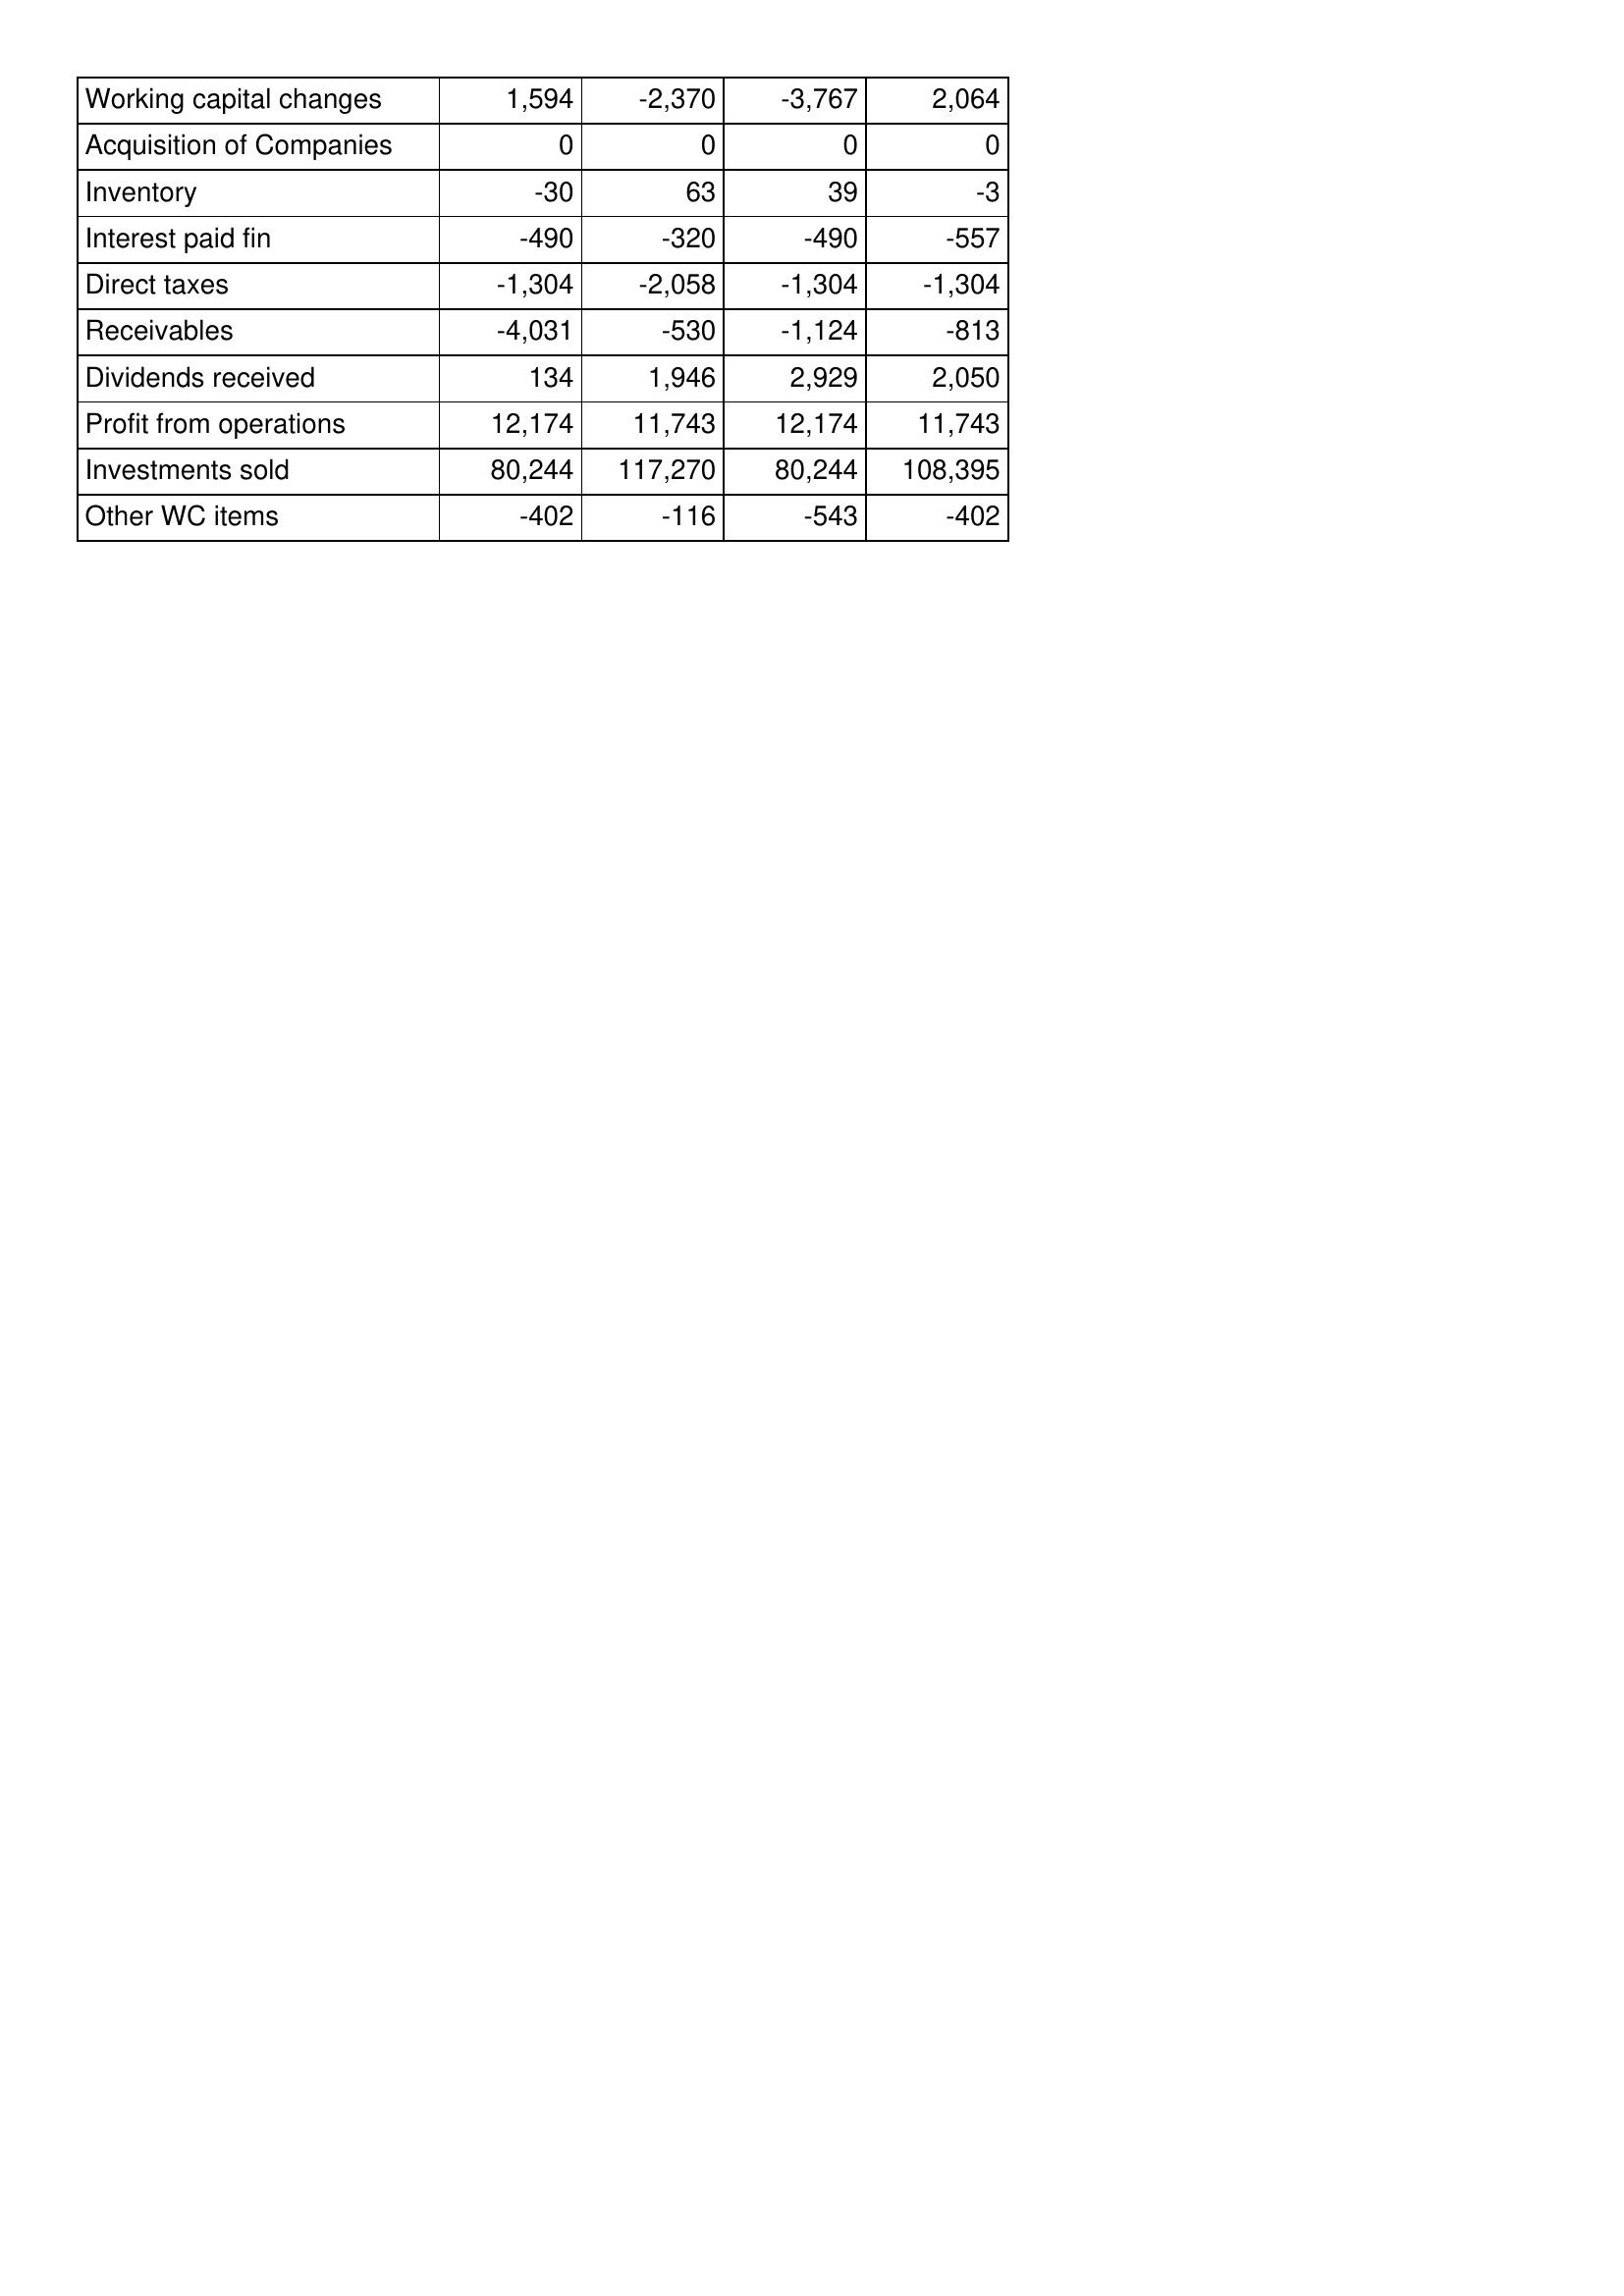
Feb-17: Cash Flows: Working capital changes: 1,594
Acquisition of Companies: 0
Inventory: -30
Interest paid fin: -490
Direct taxes: -1,304
Receivables: -4,031
Dividends received: 134
Profit from operations: 12,174
Investments sold: 80,244
Other WC items: -402
Feb-16: Cash Flows: Working capital changes: -2,370
Acquisition of Companies: 0
Inventory: 63
Interest paid fin: -320
Direct taxes: -2,058
Receivables: -530
Dividends received: 1,946
Profit from operations: 11,743
Investments sold: 117,270
Other WC items: -116
Feb-15: Cash Flows: Working capital changes: -3,767
Acquisition of Companies: 0
Inventory: 39
Interest paid fin: -490
Direct taxes: -1,304
Receivables: -1,124
Dividends received: 2,929
Profit from operations: 12,174
Investments sold: 80,244
Other WC items: -543
Feb-14: Cash Flows: Working capital changes: 2,064
Acquisition of Companies: 0
Inventory: -3
Interest paid fin: -557
Direct taxes: -1,304
Receivables: -813
Dividends received: 2,050
Profit from operations: 11,743
Investments sold: 108,395
Other WC items: -402